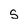
Character: S